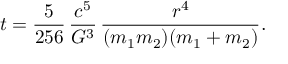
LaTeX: t = { \frac { 5 } { 2 5 6 } } \, { \frac { c ^ { 5 } } { G ^ { 3 } } } \, { \frac { r ^ { 4 } } { ( m _ { 1 } m _ { 2 } ) ( m _ { 1 } + m _ { 2 } ) } } .